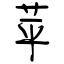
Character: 苹